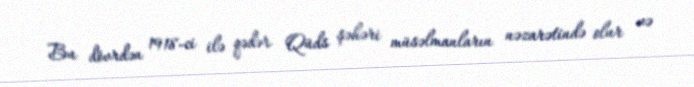
Bu dövrdən 1918-ci ilə qədər Qüds şəhəri müsəlmanların nəzarətində olur və